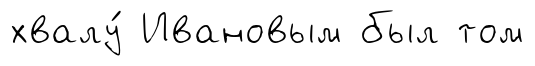
хвалу́ Ивановым был том